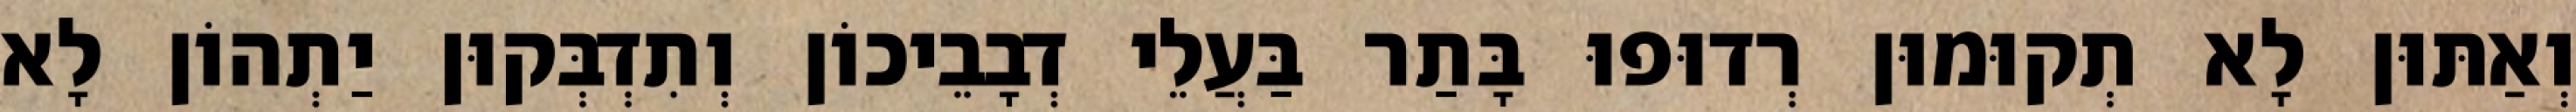
וְאַתּוּן לָא תְקוּמוּן רְדוּפוּ בָּתַר בַּעֲלֵי דְבָבֵיכוֹן וְתִדְבְּקוּן יַתְהוֹן לָא